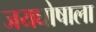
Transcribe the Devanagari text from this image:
जयघोषाला